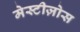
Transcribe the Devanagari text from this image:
मेस्टीज़ोस